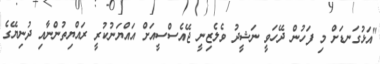
"އަޅުގަނޑަށް މި ފަހުން ދޭހަވީ ނަޝީދު ވެލެޒިނީ ޖޭއެސްސީއަށް އައްޔަނުކުރީ ރައްޔިތުންނާއި ދުނިޔޭގެ